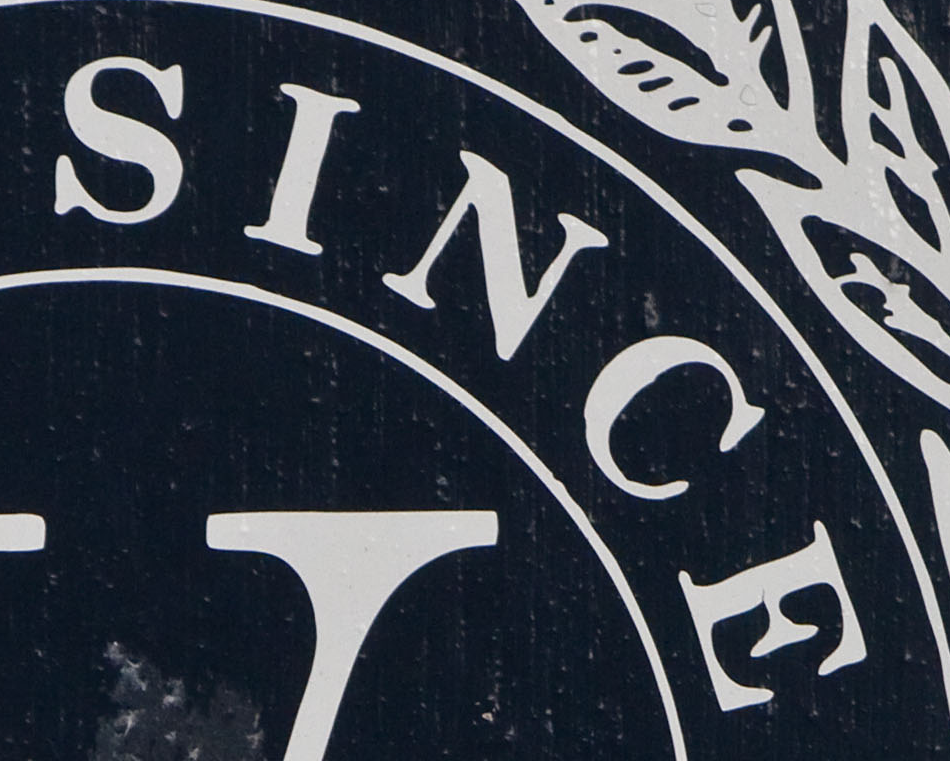
SINCE